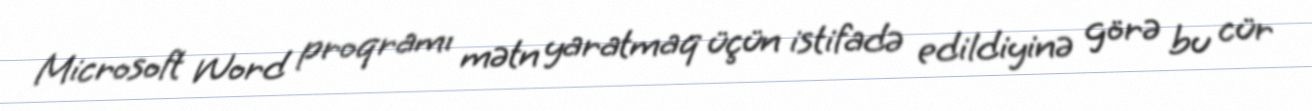
Microsoft Word proqramı mətn yaratmaq üçün istifadə edildiyinə görə bu cür